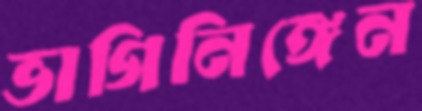
ভাগিনিঙ্গেন